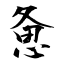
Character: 惫